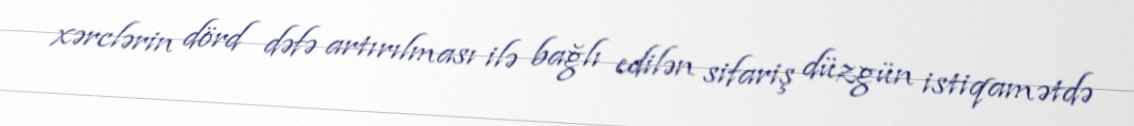
xərclərin dörd dəfə artırılması ilə bağlı edilən sifariş düzgün istiqamətdə